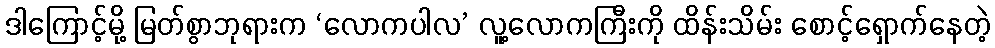
ဒါကြောင့်မို့ မြတ်စွာဘုရားက ‘လောကပါလ’ လူ့လောကကြီးကို ထိန်းသိမ်း စောင့်ရှောက်နေတဲ့